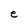
Character: e